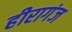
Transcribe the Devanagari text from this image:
हीरागंज